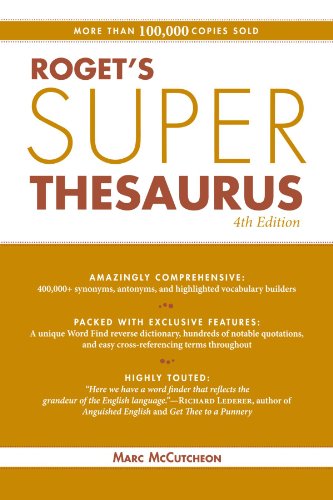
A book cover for Roget's Super Thesaurus; Marc McCutcheon; Reference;